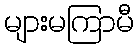
များမကြာမီ